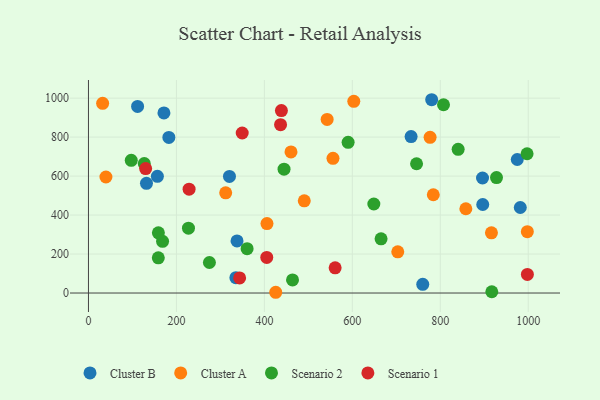
{"axis": {"x": "Investment", "y": "Yield"}, "legend": ["Cluster A", "Cluster B", "Scenario 1", "Scenario 2"], "data": [{"x": "111.7", "y": 957.6, "type": "Cluster B"}, {"x": "171.6", "y": 924.3, "type": "Cluster B"}, {"x": "182.8", "y": 798.2, "type": "Cluster B"}, {"x": "156.7", "y": 598.9, "type": "Cluster B"}, {"x": "335.2", "y": 78.9, "type": "Cluster B"}, {"x": "975.0", "y": 685.2, "type": "Cluster B"}, {"x": "320.6", "y": 598.2, "type": "Cluster B"}, {"x": "131.9", "y": 562.8, "type": "Cluster B"}, {"x": "896.0", "y": 590.1, "type": "Cluster B"}, {"x": "760.1", "y": 44.8, "type": "Cluster B"}, {"x": "733.6", "y": 802.9, "type": "Cluster B"}, {"x": "780.4", "y": 991.8, "type": "Cluster B"}, {"x": "981.9", "y": 438.9, "type": "Cluster B"}, {"x": "337.8", "y": 267.3, "type": "Cluster B"}, {"x": "896.5", "y": 454.3, "type": "Cluster B"}, {"x": "858.1", "y": 432.4, "type": "Cluster A"}, {"x": "312.0", "y": 514.2, "type": "Cluster A"}, {"x": "425.8", "y": 3.8, "type": "Cluster A"}, {"x": "784.1", "y": 504.3, "type": "Cluster A"}, {"x": "556.0", "y": 690.9, "type": "Cluster A"}, {"x": "39.7", "y": 595.3, "type": "Cluster A"}, {"x": "32.2", "y": 973.1, "type": "Cluster A"}, {"x": "542.7", "y": 890.6, "type": "Cluster A"}, {"x": "776.8", "y": 798.9, "type": "Cluster A"}, {"x": "405.9", "y": 356.4, "type": "Cluster A"}, {"x": "460.5", "y": 724.2, "type": "Cluster A"}, {"x": "490.7", "y": 472.9, "type": "Cluster A"}, {"x": "703.3", "y": 211.2, "type": "Cluster A"}, {"x": "603.3", "y": 983.5, "type": "Cluster A"}, {"x": "916.3", "y": 308.6, "type": "Cluster A"}, {"x": "997.9", "y": 314.8, "type": "Cluster A"}, {"x": "590.4", "y": 773.3, "type": "Scenario 2"}, {"x": "158.8", "y": 180.4, "type": "Scenario 2"}, {"x": "746.0", "y": 663.4, "type": "Scenario 2"}, {"x": "917.1", "y": 6.4, "type": "Scenario 2"}, {"x": "807.3", "y": 965.9, "type": "Scenario 2"}, {"x": "168.5", "y": 265.1, "type": "Scenario 2"}, {"x": "464.0", "y": 67.4, "type": "Scenario 2"}, {"x": "227.4", "y": 332.6, "type": "Scenario 2"}, {"x": "927.8", "y": 592.4, "type": "Scenario 2"}, {"x": "648.9", "y": 456.8, "type": "Scenario 2"}, {"x": "159.0", "y": 309.1, "type": "Scenario 2"}, {"x": "126.9", "y": 664.6, "type": "Scenario 2"}, {"x": "840.6", "y": 737.3, "type": "Scenario 2"}, {"x": "97.3", "y": 681.0, "type": "Scenario 2"}, {"x": "665.3", "y": 277.9, "type": "Scenario 2"}, {"x": "360.7", "y": 227.7, "type": "Scenario 2"}, {"x": "997.3", "y": 714.7, "type": "Scenario 2"}, {"x": "275.0", "y": 156.7, "type": "Scenario 2"}, {"x": "444.7", "y": 635.4, "type": "Scenario 2"}, {"x": "343.7", "y": 77.4, "type": "Scenario 1"}, {"x": "228.8", "y": 533.0, "type": "Scenario 1"}, {"x": "438.7", "y": 936.2, "type": "Scenario 1"}, {"x": "130.0", "y": 638.7, "type": "Scenario 1"}, {"x": "998.0", "y": 95.5, "type": "Scenario 1"}, {"x": "560.9", "y": 129.3, "type": "Scenario 1"}, {"x": "405.4", "y": 182.7, "type": "Scenario 1"}, {"x": "349.6", "y": 821.0, "type": "Scenario 1"}, {"x": "436.8", "y": 863.6, "type": "Scenario 1"}]}